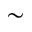
\sim